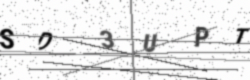
Text: SD3UPT